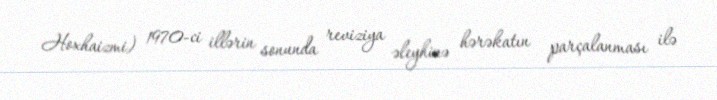
Hoxhaizmi) 1970-ci illərin sonunda reviziya əleyhinə hərəkatın parçalanması ilə